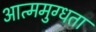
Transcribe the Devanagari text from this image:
आत्ममुग्धता